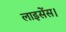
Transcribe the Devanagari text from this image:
लाइसेंस।